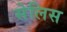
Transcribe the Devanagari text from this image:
सेलिस